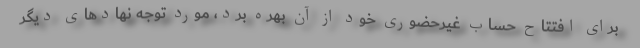
برای افتتاح حساب غیرحضوری خود از آن بهره برد، مورد توجه نهادهای دیگر